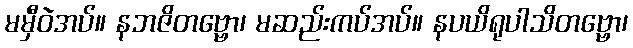
မမှီဝဲအပ်။ နဘဇိတဗ္ဗော၊ မဆည်းကပ်အပ်။ နပယိရုပါသိတဗ္ဗော၊